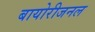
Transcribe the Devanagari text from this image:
बायोरीजनल